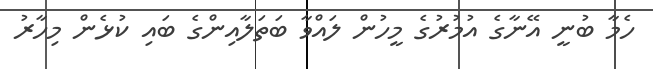
ހެމާ ބުނީ އޭނާގެ އުމުރުގެ މީހުން ލައްވާ ބަތަލާއިންގެ ބައި ކުޅެން މިހާރު